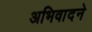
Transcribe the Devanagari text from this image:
अभिवादने